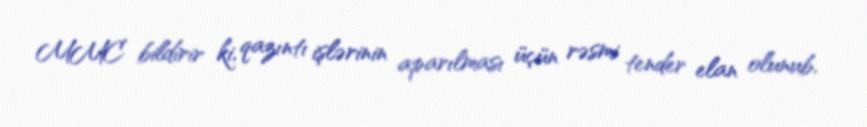
MMC bildirir ki, qazıntı işlərinin aparılması üçün rəsmi tender elan olunub,